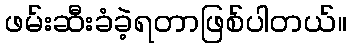
ဖမ်းဆီးခံခဲ့ရတာဖြစ်ပါတယ်။